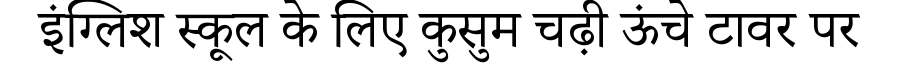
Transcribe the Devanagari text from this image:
इंग्लिश स्कूल के लिए कुसुम चढ़ी ऊंचे टावर पर